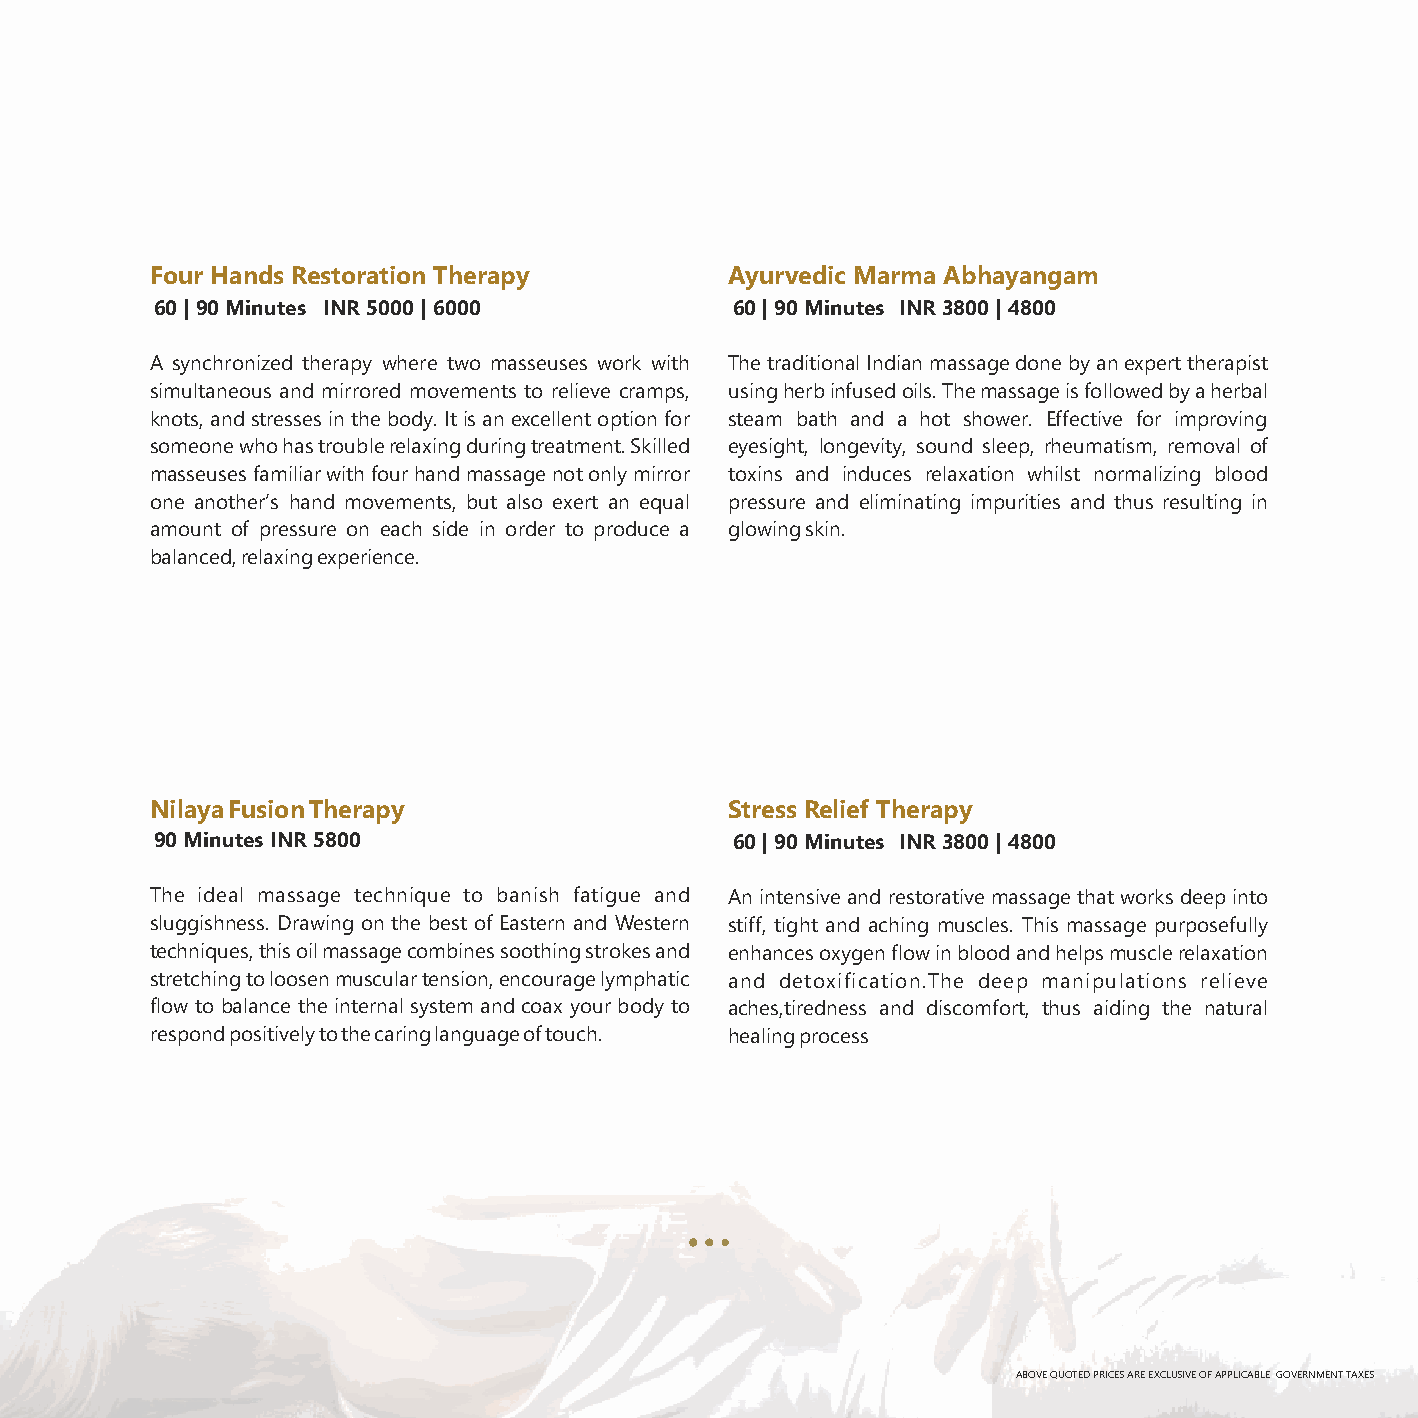
Four Hands Restoration Therapy        Ayurvedic Marma Abhayangam
 60 | 90 Minutes INR 5000 | 6000       6 0 | 9 0 M i n u t e s I N R 3 8 0 0 | 4 8 0 0
 A synchronized therapy where two masseuses work with The traditional Indian massage done by an expert therapist
 simultaneous and mirrored movements to relieve cramps, using herb infused oils. The massage is followed by a herbal
 knots, and stresses in the body. It is an excellent option for steam bath and a hot shower. Effective for improving
 someone who has trouble relaxing during treatment. Skilled eyesight, longevity, sound sleep, rheumatism, removal of
 masseuses familiar with four hand massage not only mirror toxins and induces relaxation whilst normalizing blood
 one another’s hand movements, but also exert an equal pressure and eliminating impurities and thus resulting in
 amount of pressure on each side in order to produce a glowing skin.
 balanced, relaxing experience.
 Nilaya Fusion Therapy                 Stress Relief Therapy
 90 Minutes INR 5800                   60 | 90 Minutes INR 3800 | 4800
 The ideal massage technique to banish fatigue and An intensive and restorative massage that works deep into
 sluggishness. Drawing on the best of Eastern and Western stiff, tight and aching muscles. This massage purposefully
 techniques, this oil massage combines soothing strokes and enhances oxygen flow in blood and helps muscle relaxation
 stretching to loosen muscular tension, encourage lymphatic and detoxification.The deep manipulations relieve
 flow to balance the internal system and coax your body to aches,tiredness and discomfort, thus aiding the natural
 respond positively to the caring language of touch. healing process
 ABOVE QUOTED PRICES ARE EXCLUSIVE OF APPLICABLE GOVERNMENT TAXES